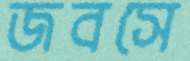
জবসে